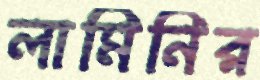
লামিনির